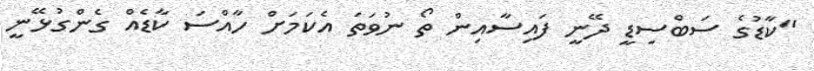
"ކާޑުގެ ސަބްސިޑީ ދޭނީ ފައިސާއިން ތޯ ނުވަތަ އެކަމަށް ހާއްސަ ކާޑެއް ގެންގުޅޭނީ